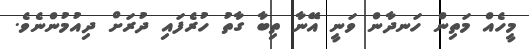
މީހެއް މަތިން ހަނދާން ވަނީ އޭނާ ތިބާ ގާތު ހުރެފައި ދުރަށް ދިއުމުންނެވެ.